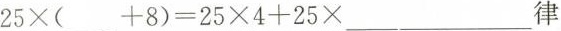
$$25\times (___+8)=25\times 4+25\times ___$$___律